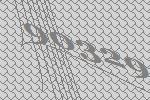
90329